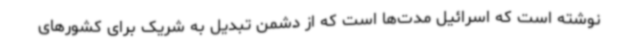
نوشته است که اسرائیل مدت‌ها است که از دشمن تبدیل به شریک برای کشورهای